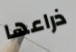
ذراعها